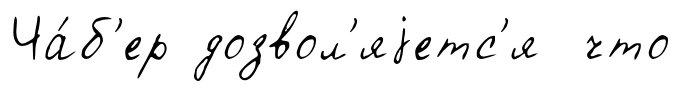
Ча́б'ер дозвол'яjетс'я что